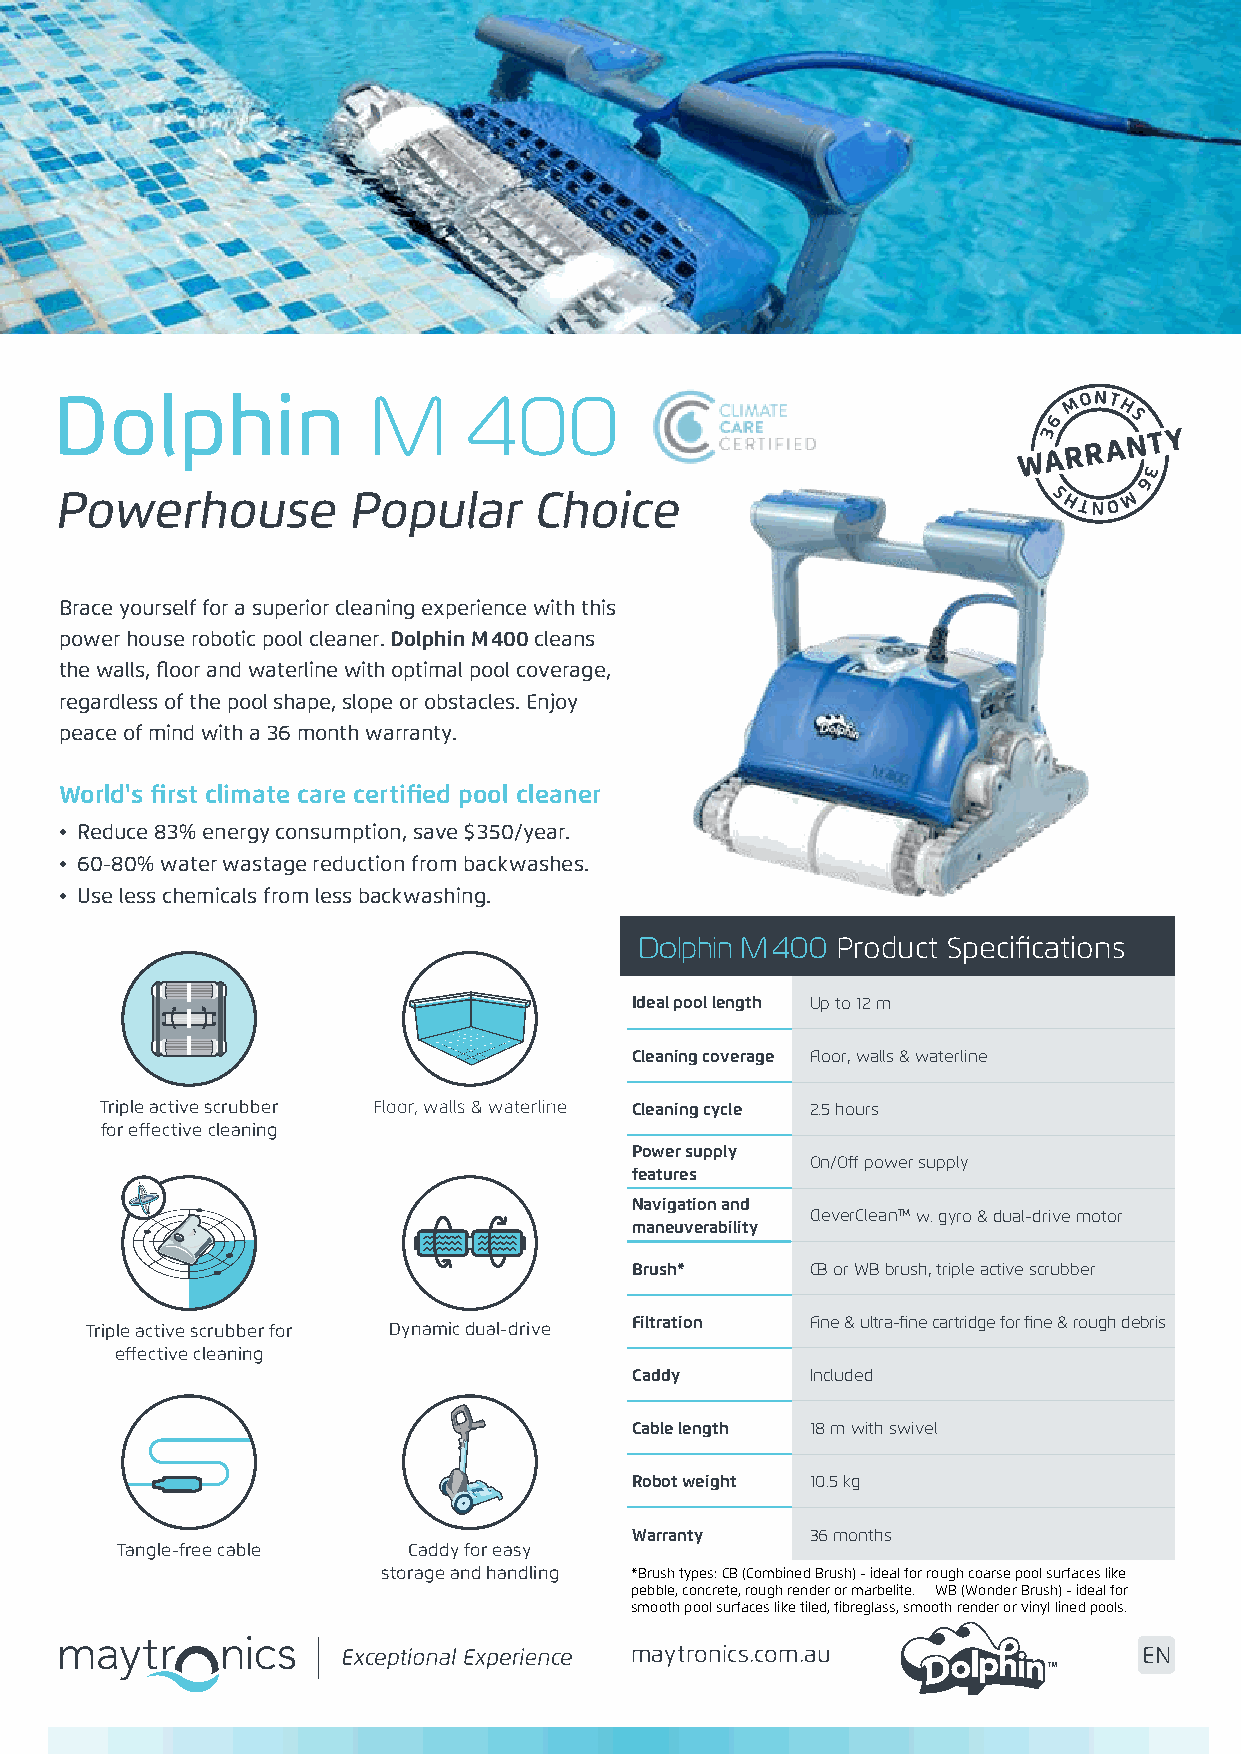
Dolphin             M      400
 Powerhouse         Popular     Choice
 Brace yourself for a superior cleaning experience with this
 power house robotic pool cleaner. Dolphin M400 cleans
 the walls, floor and waterline with optimal pool coverage,
 regardless of the pool shape, slope or obstacles. Enjoy
 peace of mind with a 36 month warranty.
 World's first climate care certified pool cleaner
 • Reduce 83% energy consumption, save $350/year.
 • 60-80% water wastage reduction from backwashes.
 • Use less chemicals from less backwashing.
 Dolphin M400 Product Specifications
 Ideal pool length Up to 12 m
 Cleaning coverage Floor, walls & waterline
 Triple active scrubber Floor, walls & waterline Cleaning cycle 2.5 hours
 for effective cleaning
 Power supply
 On/Off power supply
 features
 Navigation and
 CleverCleanTM w. gyro & dual-drive motor
 maneuverability
 Brush*      CB or WB brush, triple active scrubber
 Filtration  Fine & ultra-fine cartridge for fine & rough debris
 Triple active scrubber for Dynamic dual-drive
 effective cleaning
 Caddy       Included
 Cable length 18 m with swivel
 Robot weight 10.5 kg
 Warranty    36 months
 Tangle-free cable  Caddy for easy
 storage and handling *Brush types: CB (Combined Brush) - ideal for rough coarse pool surfaces like
 pebble, concrete, rough render or marbelite. WB (Wonder Brush) - ideal for
 smooth pool surfaces like tiled, fibreglass, smooth render or vinyl lined pools.
 maytronics.com.au                 EN